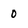
Character: 0